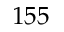
1 5 5